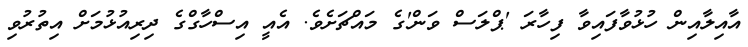
އާއިލާއިން ހުޅުވާފައިވާ ފިހާރަ 'ޕްލަސް ވަން'ގެ މައްޗަށެވެ. އެއީ އިސްހާގްގެ ދިރިއުޅުމަށް އިތުރުވި